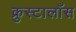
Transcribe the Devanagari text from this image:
क्रुस्टालॉस